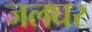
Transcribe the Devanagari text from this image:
जलघर